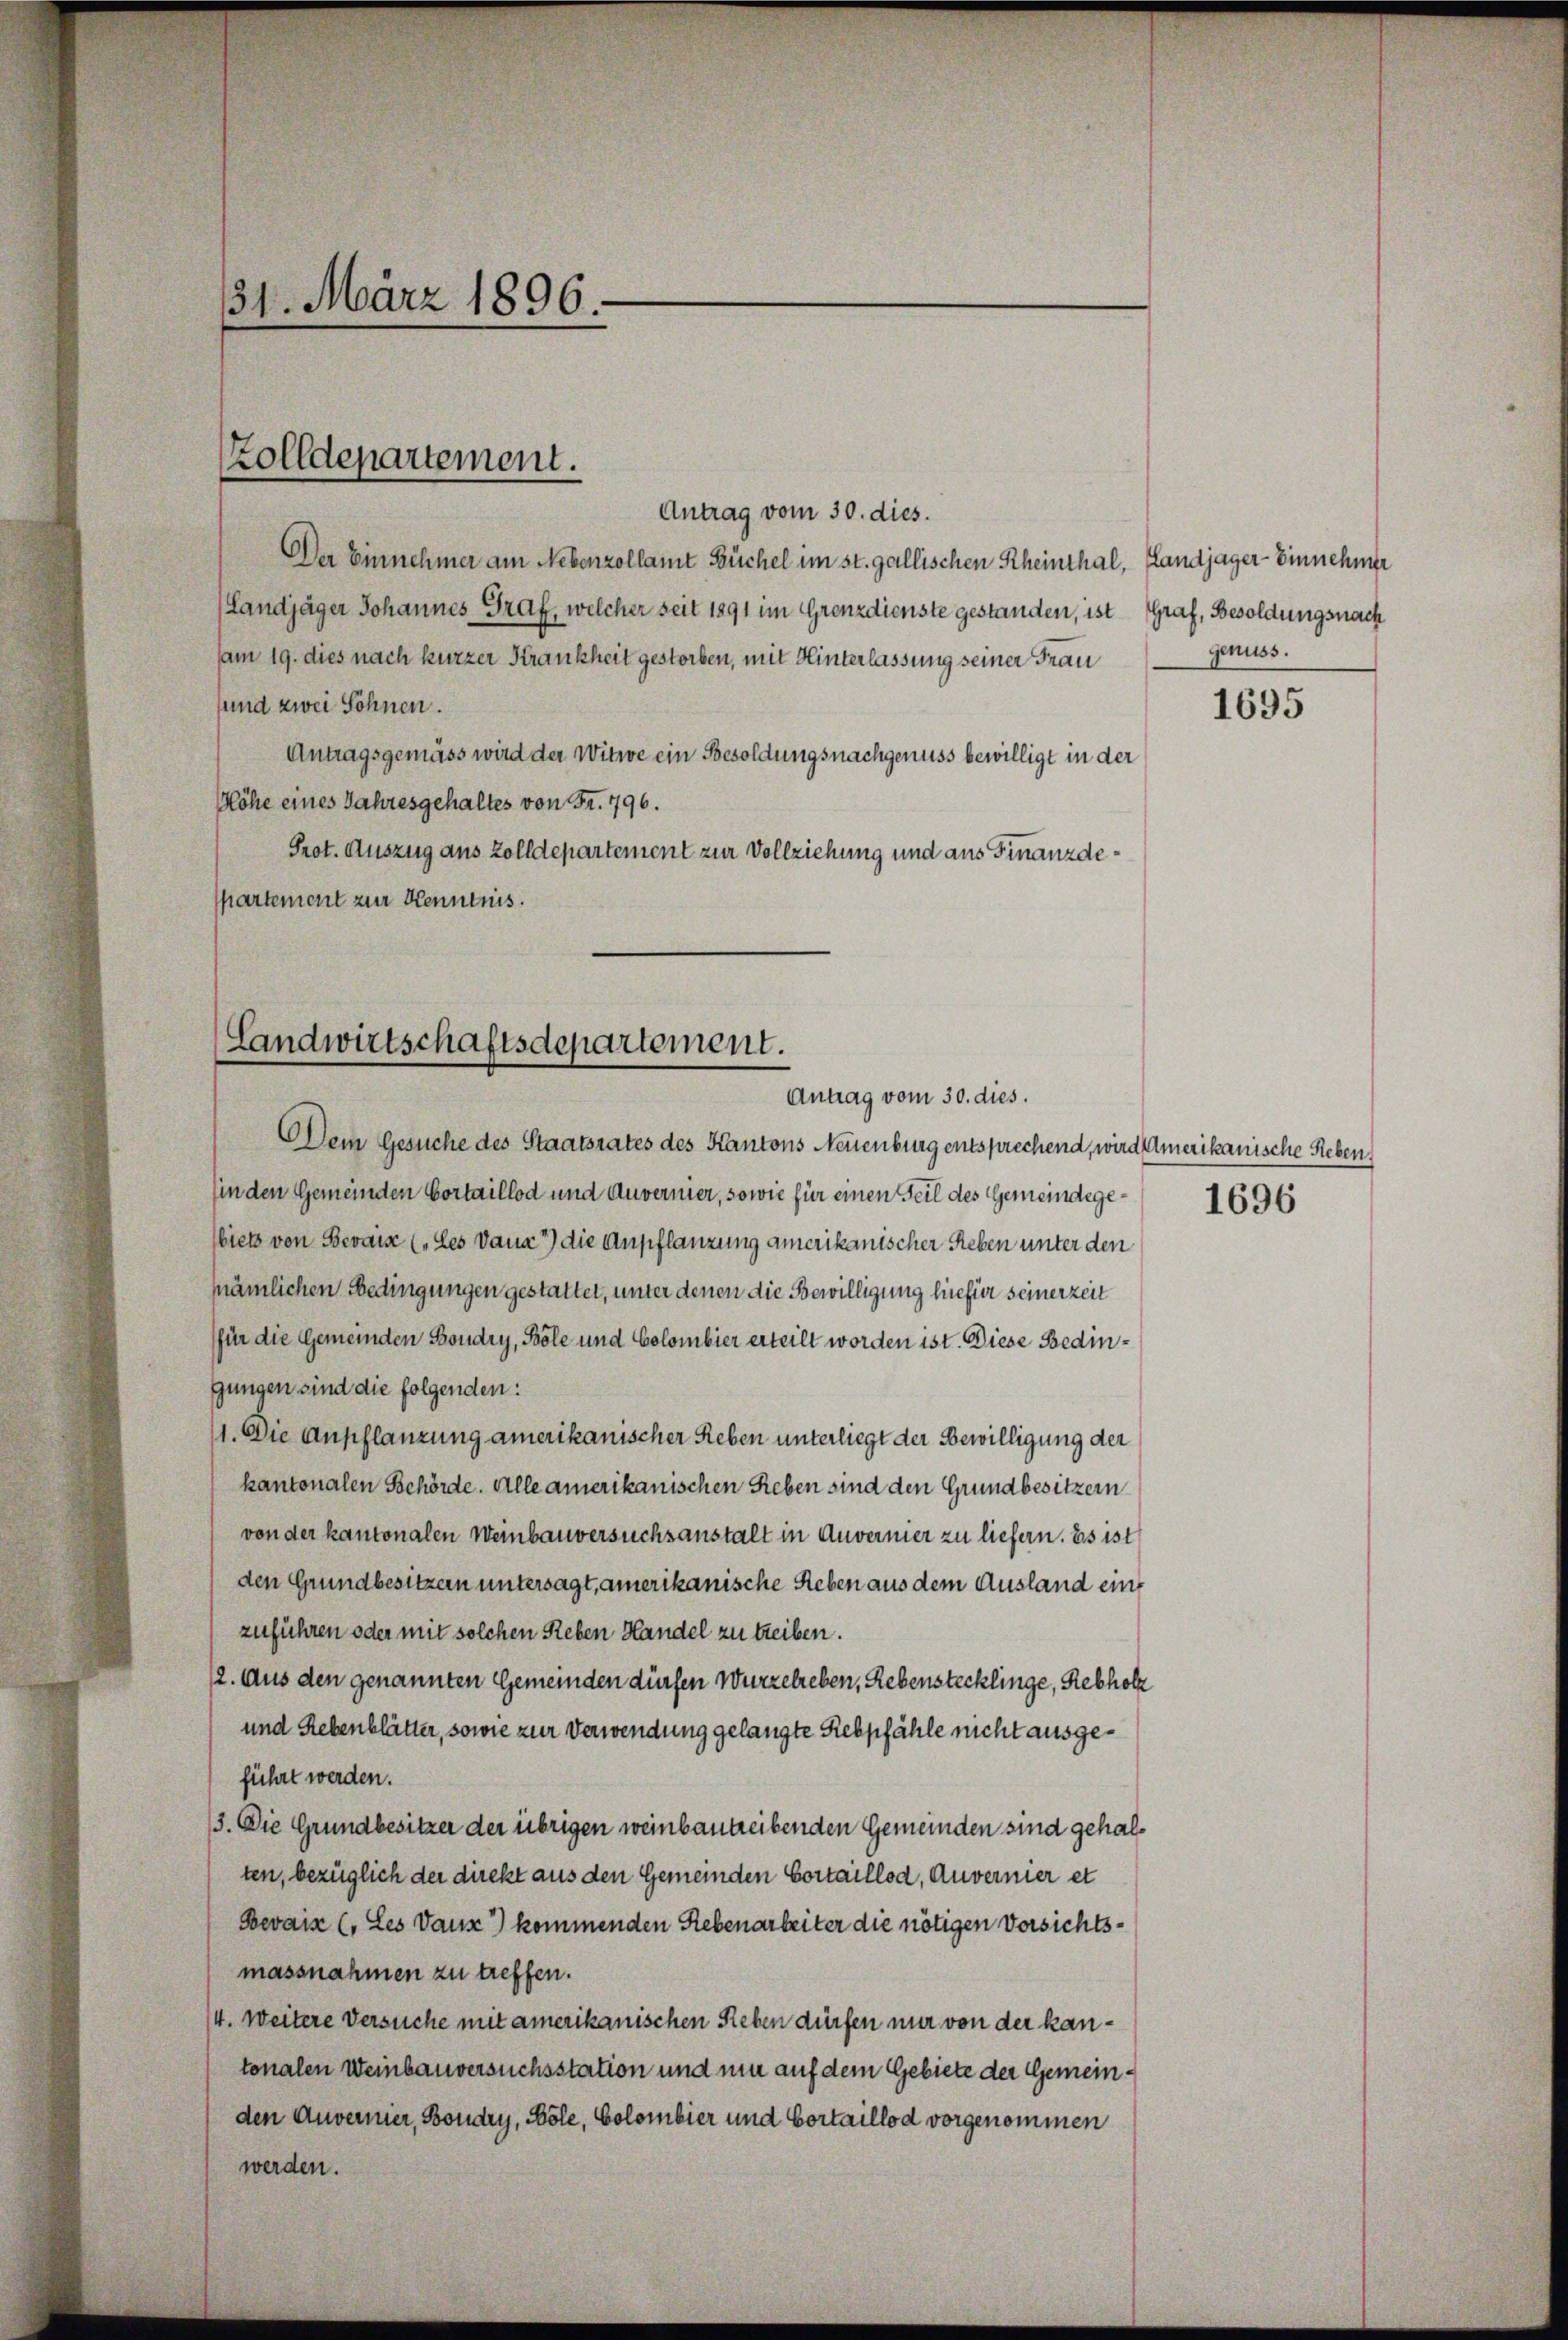
31. März 1896.

Antrag vom 30. dies.
Der Einnehmer am Nebenzollamt Büchel im st. gallischen Rheinthal, Landjäger- Einnehmer
(Landjäger Johannes Graf, welcher seit 1891 im Grenz dienste gestanden, ist Graf, Besoldungsnach
am 19. dies nach kurzer Krankheit gestorben, mit Hinterlassung seiner Frau
sund zwei Söhnen.
Antragsgemäss wird der Witwe ein Besoldungsnachgenuss bewilligt in der
Göhe eines Jahresgehaltes von Fr. 796.
Prot. Auszug aus Zolldepartement zur Vollziehung und aus Finanzdespartement zur Kenntnis.

Zolldepartement.

Landwirtschaftsdepartement.
Antrag vom 30. dies.

Dem Gesuche des Staatsrates des Kantons Neuenburg entsprechend, wird Amerikanische Reben,
in den Gemeinden Cortaillod und Auvernier, sowie für einen Teil des Gemeindegebiets von Bewaise (des Dann 1) die Anpflanzung amerikanischer Reben unter den
mämlichen Bedingungen gestattet, unter denen die Bewilligung hiefür seinerzeit
für die Gemeinden Boudry, Böle und Colombier erteilt worden ist. Diese Bedingungen sind die folgenden:
1. Die Anpflanzung amerikanischer Reben unterliegt der Bewilligung der
kantonalen Behörde. Alle amerikanischen Reben sind den Grundbesitzern
von der kantonalen Weinbauversuchsanstalt in Anvernier zu liefern. Es ist
den Grundbesitzern untersagt, amerikanische Reben aus dem Ausland eine
zuführen oder mit solchen Reben Handel zu treiben.
12. Aus den genannten Gemeinden dürfen Wurzelreben, Rebenstecklinge, Rebholz
und Rebenblätter, sowie zur Verwendung gelangte Rebpfähle nicht ausgeführt werden.
3. Die Grundbesitzer der übrigen weinbautreibenden Gemeinden sind gehalten, bezüglich der direkt aus den Gemeinden Cortaillod, Anvernier et
Bevais (Les Daus) kommenden Rebenarbeiter die nötigen Vorsichtsmassnahmen zu treffen.
(4. Weitere Versuche mit amerikanischen Reben dürfen nur von der kantonalen Weinbauversuchsstation und nur auf dem Gebiete der Gemeinden Anvermier, Boudry, Bole, Colombier und Cortaillod vorgenommen
werden.

genuss.

1695

1696